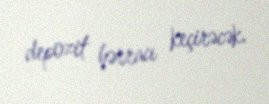
depozit hərracı keçirəcək.